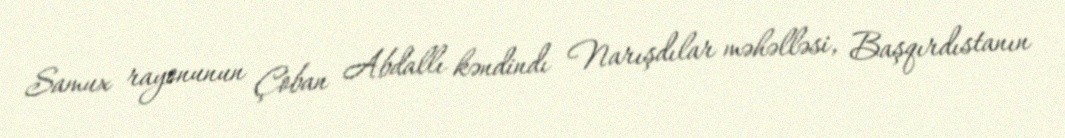
Samux rayonunun Çoban Abdallı kəndindı Narışdılar məhəlləsi, Başqırdıstanın